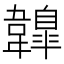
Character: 𩏤